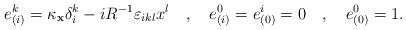
LaTeX: \begin{align*}e_{(i)}^{k}=\kappa _{{\bf x}}\delta _{i}^{k}-iR^{-1}\varepsilon_{ikl}x^{l}\quad ,\quad e_{(i)}^{0}=e_{(0)}^{i}=0\quad ,\quad e_{(0)}^{0}=1.\end{align*}